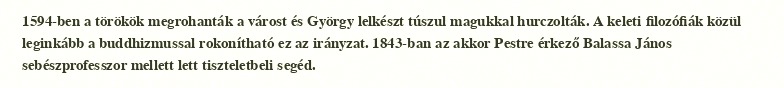
1594-ben a törökök megrohanták a várost és György lelkészt túszul magukkal hurczolták. A keleti filozófiák közül leginkább a buddhizmussal rokonítható ez az irányzat. 1843-ban az akkor Pestre érkező Balassa János sebészprofesszor mellett lett tiszteletbeli segéd.